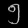
Digit: ၅